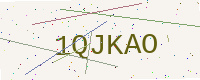
Text: 1QJKAO